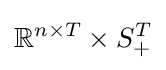
\mathbb {R} ^{n\times T}\times S_{+}^{T}